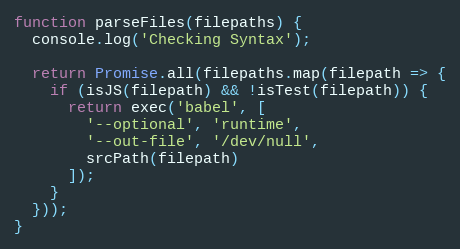
Language: JavaScript
function parseFiles(filepaths) {
  console.log('Checking Syntax');

  return Promise.all(filepaths.map(filepath => {
    if (isJS(filepath) && !isTest(filepath)) {
      return exec('babel', [
        '--optional', 'runtime',
        '--out-file', '/dev/null',
        srcPath(filepath)
      ]);
    }
  }));
}